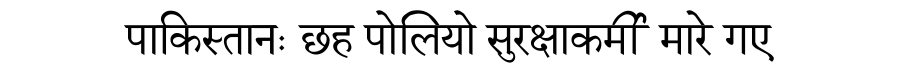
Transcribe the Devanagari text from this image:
पाकिस्तानः छह पोलियो सुरक्षाकर्मी मारे गए